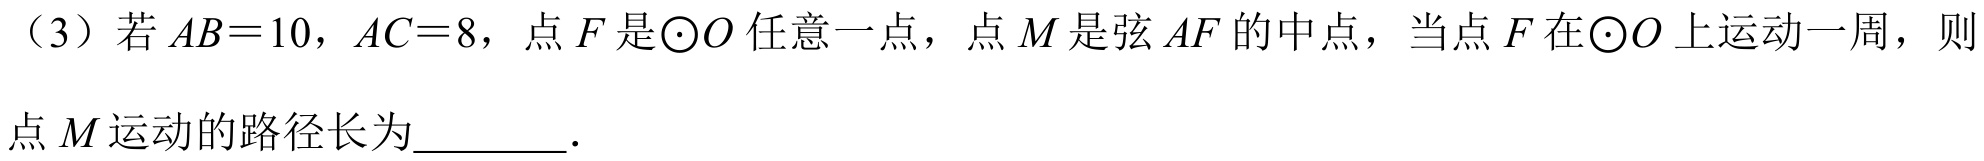
（3）若\(AB = 10\)，\(AC = 8\)，点\(F\)是\(\odot O\)任意一点，点\(M\)是弦\(AF\)的中点，当点\(F\)在\(\odot O\)上运动一周，则点\(M\)运动的路径长为________．